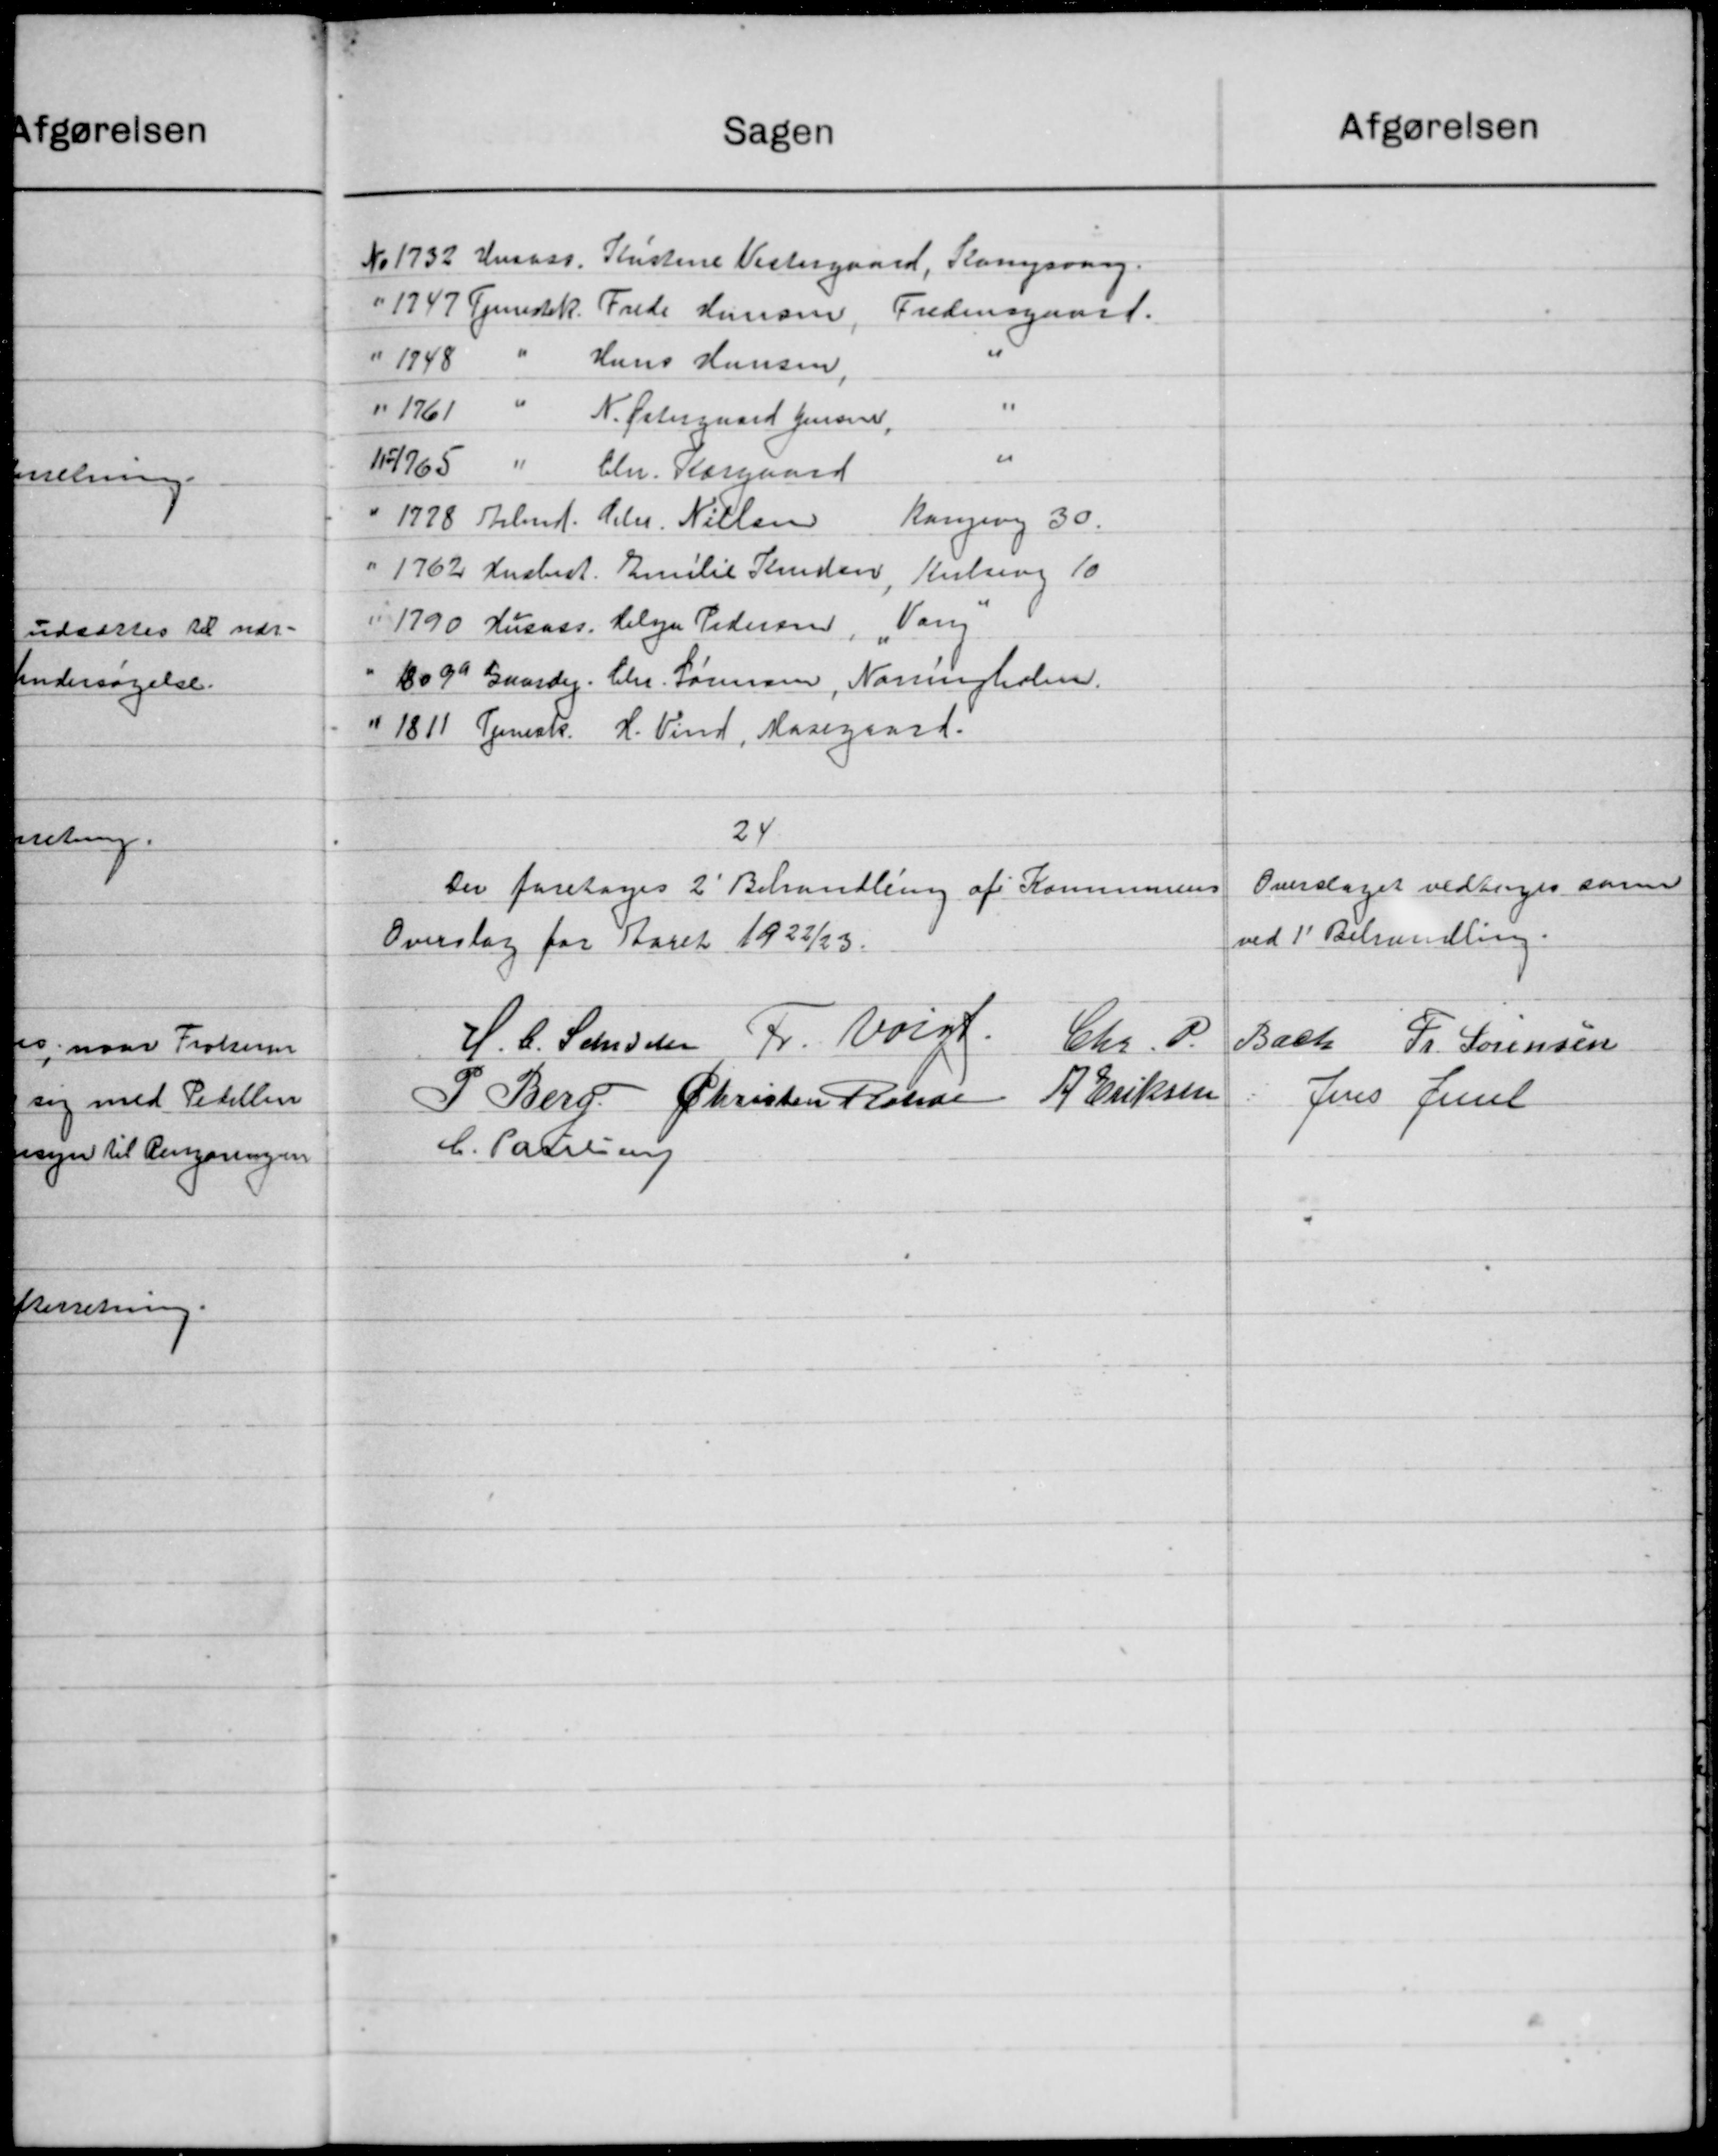
Transskription:
Sagen
No 1732 Husass. Kristine Vestergaard, Rampsvang.
" 1747 Tjenestek
Frede Hansen
Fredensgaard.
" 1848
Hans Hansen
" 1761 "
N. Østergaard Jensen
"
117765 "
Chr. Kærgaard
" 1778 Arbmd. Chr. Nielsen
Kongevej 30.
" 1762 Husbest. Emilie Kruden
Kuling 10
Vang
1790 Husass. Helge Pedersen
1809a Gaardej. Chr. Sørensen, Norringholm.
" 1811 Tjenesk. H. Vind, Mosegaard.
24
Der foretoges 2' Behandling af Kommunens
Overslag for Aaret 1922/23.
H. C. Sanssen Fr. Voigt.
Chr. P
P. Berg Christen Rønde P. Eriksen
C. Patresen